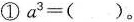
①$$a^{3}=( )$$。